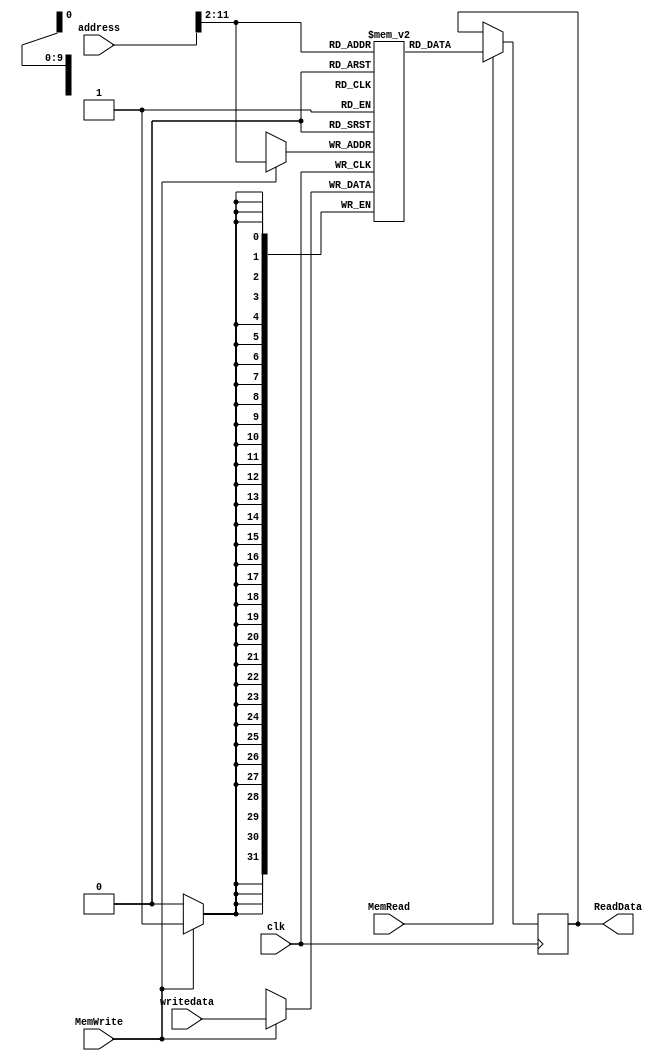
module DataMem(input clk,input [31:0] address,input [31:0] writedata,input MemWrite,input  MemRead,output reg[31:0] ReadData);
reg[31:0] DMemory[0:1023];
always@(negedge clk)
begin
if(MemRead)
begin
ReadData=DMemory[address>>2];
end
end
always@(posedge clk)
begin
if(MemWrite)
begin
DMemory[address>>2]=writedata;
end
end
endmodule